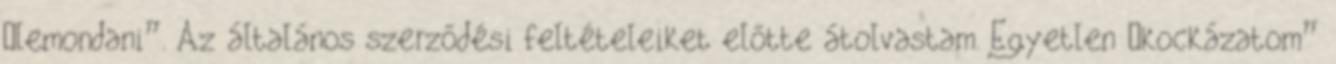
„lemondani”. Az általános szerződési feltételeiket előtte átolvastam. Egyetlen „kockázatom”